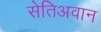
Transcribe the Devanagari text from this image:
सेतिअवान